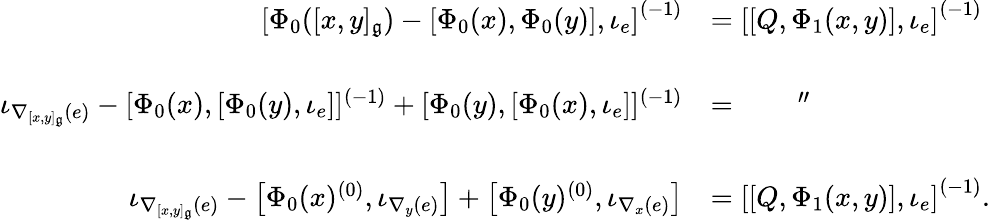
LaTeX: \begin{array}{rl}{\left[\Phi_{0}([x,y]_{\mathfrak{g}})-\left[\Phi_{0}(x),\Phi_{0}(y)\right],\iota_{e}\right]^{(-1)}}&{=\left[\left[Q,\Phi_{1}(x,y)\right],\iota_{e}\right]^{(-1)}}\\ &{}\\ {\iota_{\nabla_{[x,y]_{\mathfrak{g}}}(e)}-[\Phi_{0}(x),[\Phi_{0}(y),\iota_{e}]]^{(-1)}+[\Phi_{0}(y),[\Phi_{0}(x),\iota_{e}]]^{(-1)}}&{=\qquad^{"}}\\ &{}\\ {\iota_{\nabla_{[x,y]_{\mathfrak{g}}}(e)}-\left[\Phi_{0}(x)^{(0)},\iota_{\nabla_{y}(e)}\right]+\left[\Phi_{0}(y)^{(0)},\iota_{\nabla_{x}(e)}\right]}&{=\left[\left[Q,\Phi_{1}(x,y)\right],\iota_{e}\right]^{(-1)}.}\end{array}